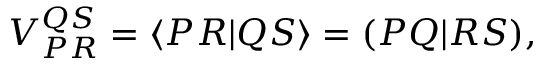
\begin{array} { r } { V _ { P R } ^ { Q S } = \langle { P R } { | } { Q S } \rangle = ( { P Q } { | } { R S } ) , } \end{array}